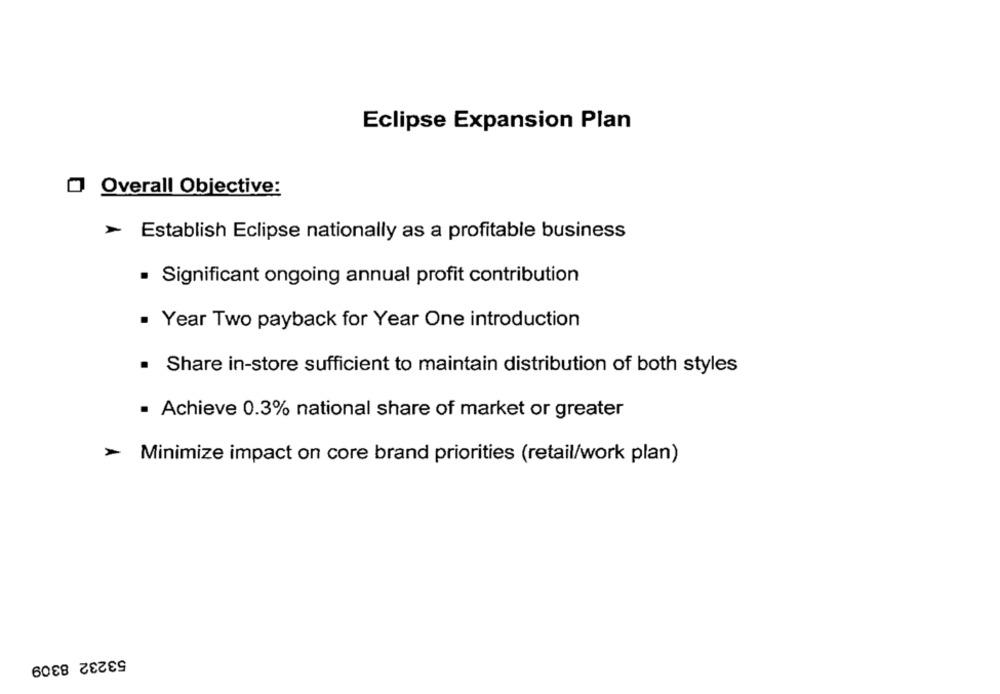
Eclipse Expansion Plan
O Overall Objective:
> Establish Eclipse nationally as a profitable business
. Significant ongoing annual profit contribution
. Year Two payback for Year One introduction
Share in-store sufficient to maintain distribution of both styles
· Achieve 0.3% national share of market or greater
-
Minimize impact on core brand priorities (retail/work plan)
53232 8309